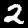
Digit: 2